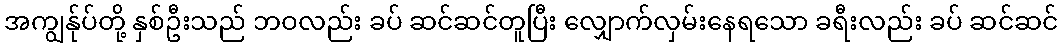
အကျွန်ုပ်တို့ နှစ်ဦးသည် ဘဝလည်း ခပ် ဆင်ဆင်တူပြီး လျှောက်လှမ်းနေရသော ခရီးလည်း ခပ် ဆင်ဆင်